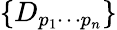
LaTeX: \{ D_{p_{1}\cdots p_{n}}\}